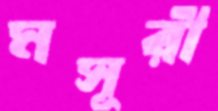
মসূরী